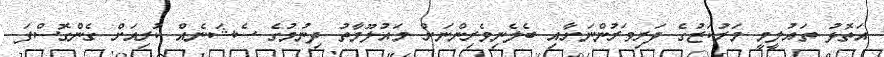
އަތޮޅު ތައުލީމީ މަރުކަޒުގެ ދަރިވަރުންނަށާއި ބެލެނިވެރިންނަށް މައުލޫމާތު ދިނުމުގެ ސެޝަނެއް ކުރިއަށް ގެންގޮސްފަ